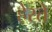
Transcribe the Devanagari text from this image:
हेरते